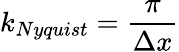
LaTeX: k_{Nyquist}=\frac{\pi}{\Delta x}